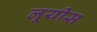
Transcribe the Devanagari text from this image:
लूयीस